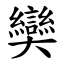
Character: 奱